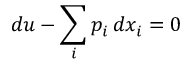
d u - \sum _ { i } p _ { i } \, d x _ { i } = 0